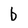
Character: b